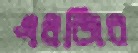
এলজির